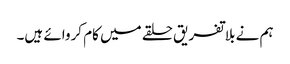
ہم نے بلاتفریق حلقے میں کام کروائے ہیں۔